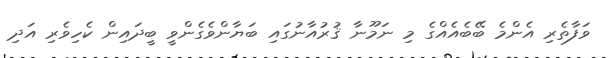
ވަފާތެރި އެންމެ ބޭބެއެއްގެ މި ނަމޫނާ ޤުރުއާނުގައި ބަޔާންވެގެންވީ ބީދައިން ކެހިވެރި އަދި